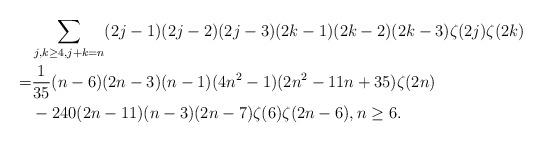
LaTeX: \begin{align*}\ & \sum_{j,k\ge 4, j+k=n} (2j-1)(2j-2)(2j-3) (2k-1)(2k-2)(2k-3)\zeta(2j)\zeta(2k) \\=&\frac{1}{35}(n-6)(2n-3)(n-1)(4n^2-1)(2n^2-11n+35)\zeta(2n) \\&-240(2n-11)(n-3)(2n-7) \zeta(6)\zeta(2n-6),n\ge 6.\end{align*}